Eesti_Toorahva_Kommuun, lk 10
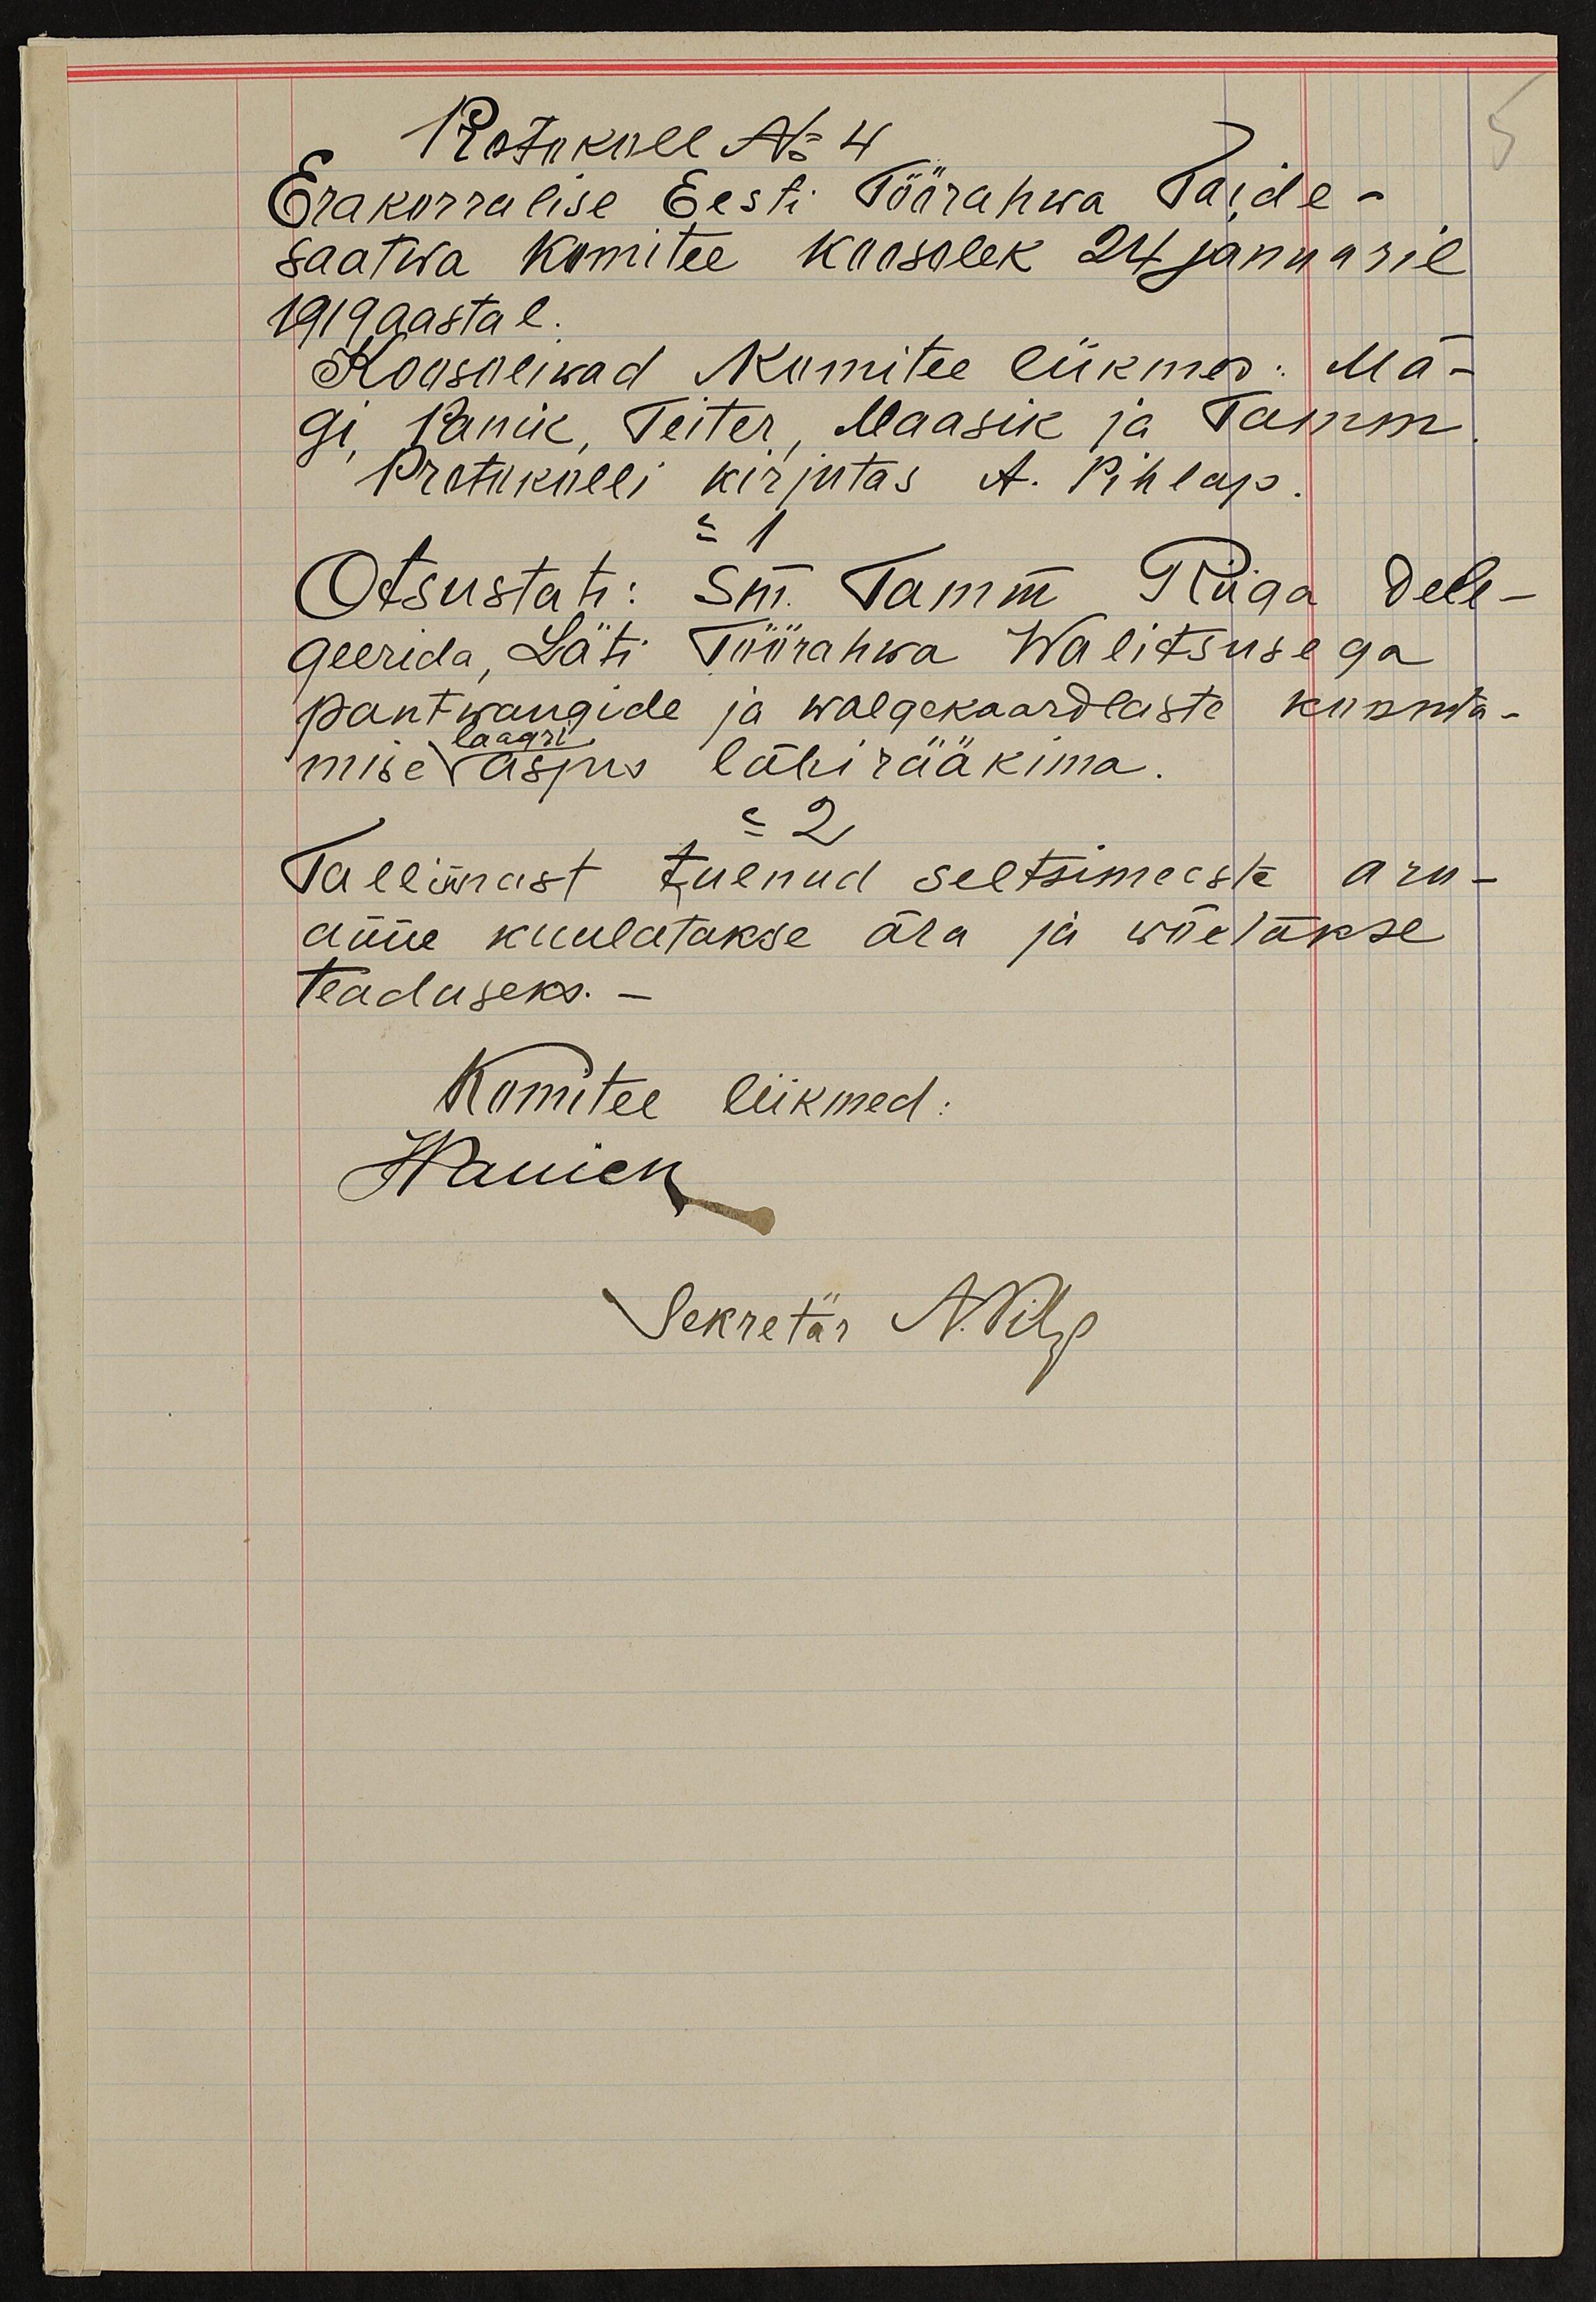
Protokoll No 4
5.
Erakorralise Eesti Töörahwa Taide-
saatwa Komitee koosolek 24 januaril
1919 aastal
Koosoliwad Komitee liikmed: Mä-
gi, Panik, Teiter, Maasik ja Tamm
Protokolli kirjutas A. Pihlap
Otsustati: sm. Tamm Riiga dele-
geerida, Läti Töörahwa Walitsusega
pantwangide ja walgekaardlaste koonta-
laagri
mise asjus läbirääkima
= 2
Tallinnast tulnud seltsimeeste aru-
anne kuulatakse ära ja wõetakse
teaduseks.
Komitee liikmed:
JPaniek
Sekretär APihlap